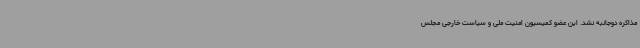
مذاکره دوجانبه نشد. این عضو کمیسیون امنیت ملی و سیاست خارجی مجلس